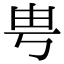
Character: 甹